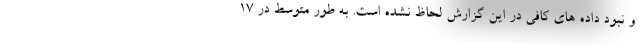
و نبود داده های کافی در این گزارش لحاظ نشده است. به طور متوسط در ۱۷